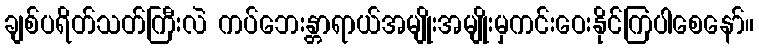
ချစ်ပရိတ်သတ်ကြီးလဲ ကပ်ဘေးန္တာရာယ်အမျိုးအမျိုးမှကင်းဝေးနိုင်ကြပါစေနော်။